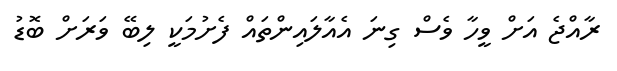
ރާއްޖެ އަށް ވީހާ ވެސް ގިނަ އެއާލައިންތައް ފެށުމަކީ ލިބޭ ވަރަށް ބޮޑު